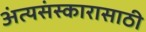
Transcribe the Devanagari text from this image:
अंत्यसंस्कारासाठी